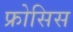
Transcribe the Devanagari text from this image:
फ्रोसिस